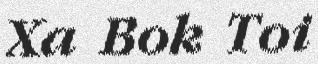
Xa Bok Toi